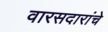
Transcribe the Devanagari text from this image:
वारसदारांचे